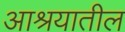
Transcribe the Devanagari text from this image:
आश्रयातील